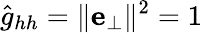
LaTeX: \hat{g}_{hh}=\lVert\mathbf{e}_{\perp}\rVert^{2}=1